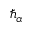
\hbar _ { \alpha }